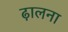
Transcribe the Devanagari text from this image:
ढ़ालना